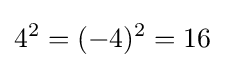
4^{2}=(-4)^{2}=16